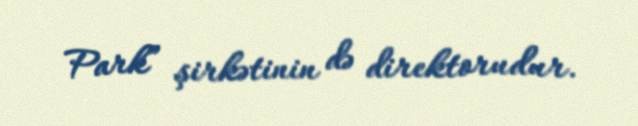
Park” şirkətinin də direktorudur.